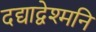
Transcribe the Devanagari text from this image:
दद्याद्वेश्मनि